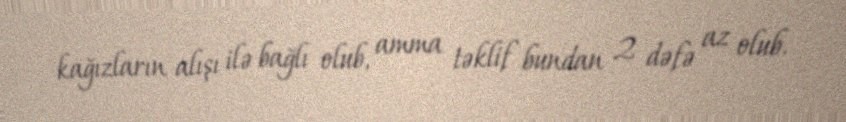
kağızların alışı ilə bağlı olub, amma təklif bundan 2 dəfə az olub.